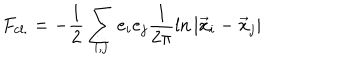
LaTeX: F _ { \mathrm { c l . } } = - \frac { 1 } { 2 } \sum _ { i , j } e _ { i } e _ { j } \frac { 1 } { 2 \pi } \ln \vert \vec { x } _ { i } - \vec { x } _ { j } \vert